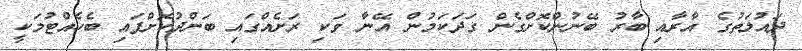
ދައުލަތުގެ އާރާއި ބާރު ބޭނުންކޮށްގެން ގަދަކަމުން އޭނާ ވަކި ރަށެއްގައި ބަންދުކޮށްފައި ބެހެއްޓުމަކީ